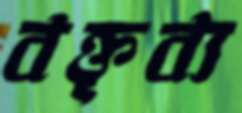
বক্তৃব্য